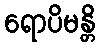
ရောပိမန္တိ